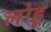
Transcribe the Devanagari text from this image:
लोहू